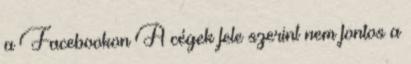
a Facebookon A cégek fele szerint nem fontos a